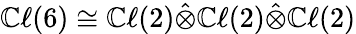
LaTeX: \mathbb{C}\ell(6)\cong\mathbb{C}\ell(2)\hat{\otimes}\mathbb{C}\ell(2)\hat{\otimes}\mathbb{C}\ell(2)